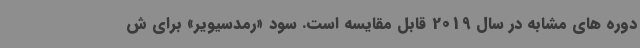
دوره های مشابه در سال 2019 قابل مقایسه است. سود «رمدسیویر» برای ش